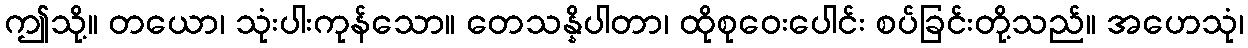
ဤသို့။ တယော၊ သုံးပါးကုန်သော။ တေသန္နိပါတာ၊ ထိုစုဝေးပေါင်း စပ်ခြင်းတို့သည်။ အဟေသုံ၊